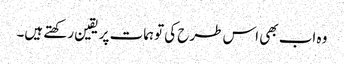
وہ اب بھی اس طرح کی توہمات پر یقین رکھتے ہیں۔